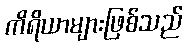
ကိရိယာများဖြစ်သည်